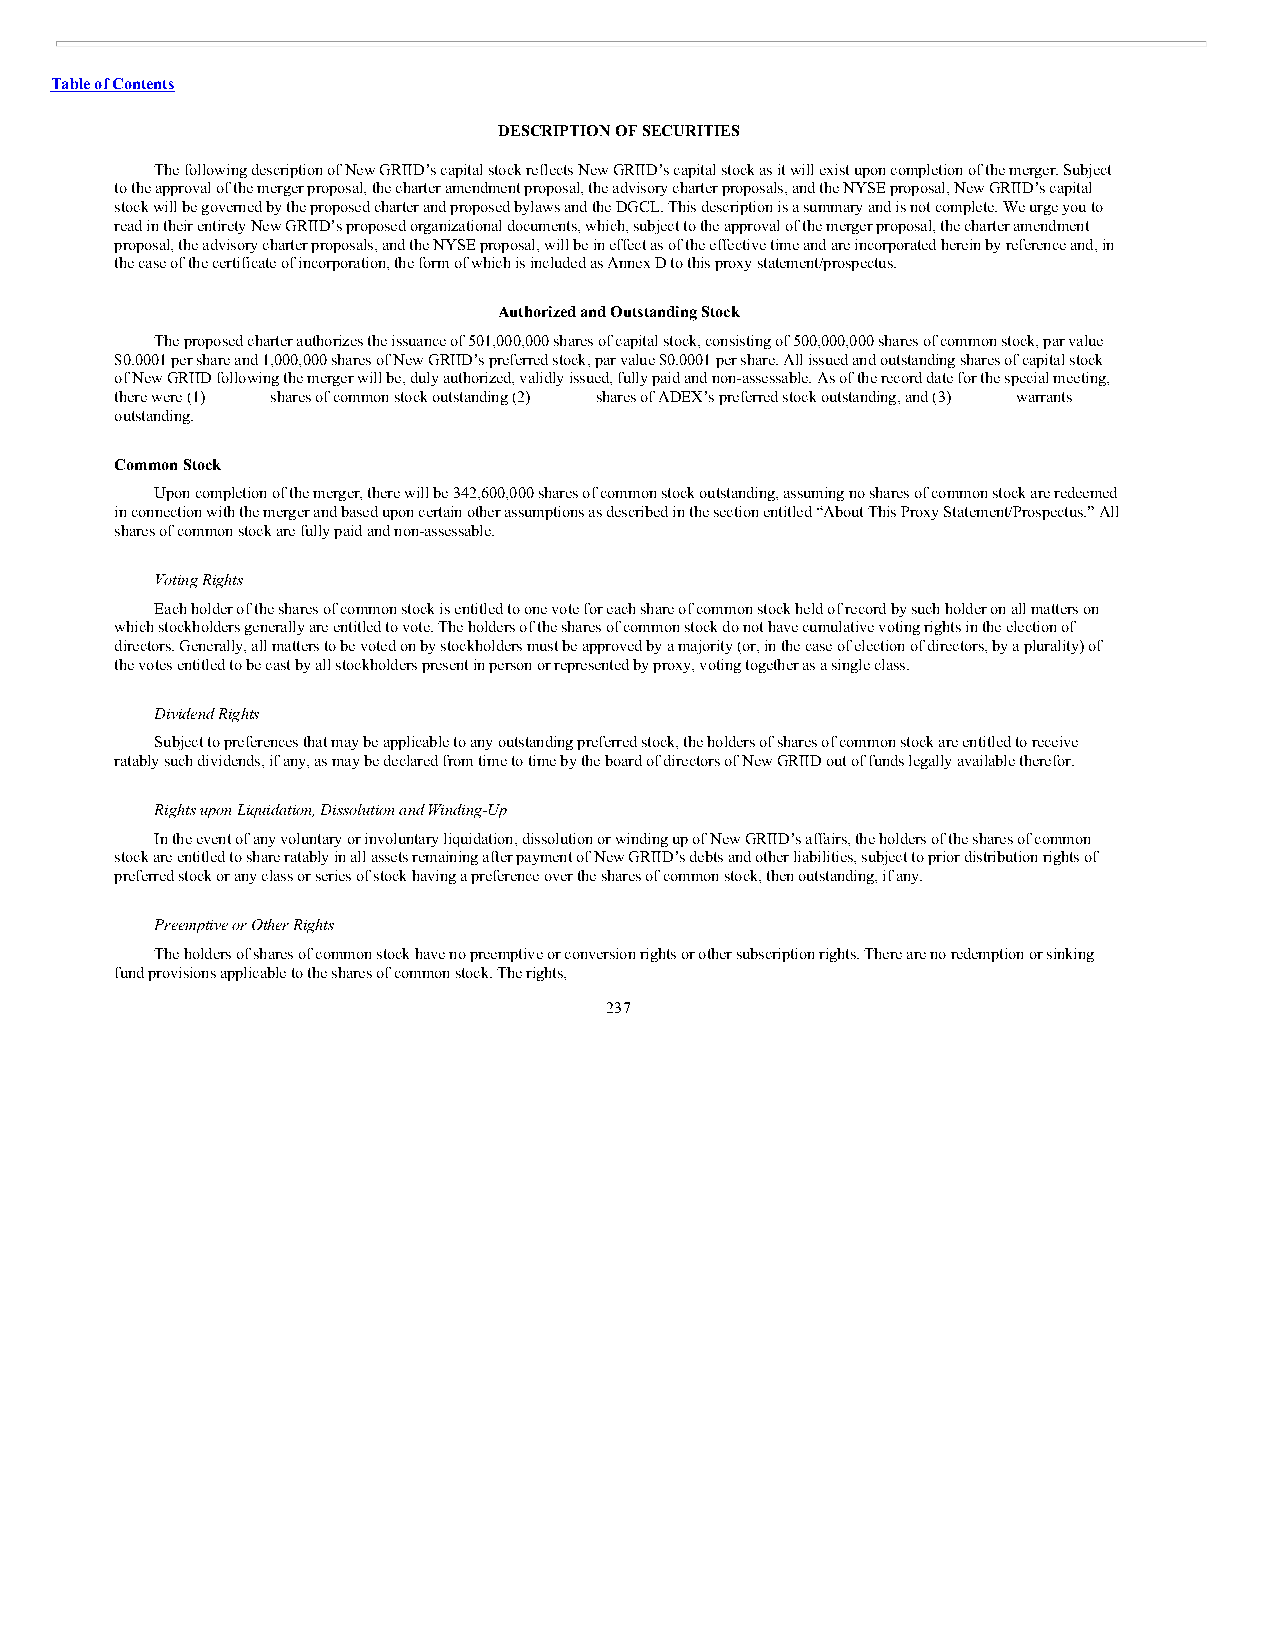
Table of Contents
 DESCRIPTION OF SECURITIES
 The following description of New GRIID’s capital stock reflects New GRIID’s capital stock as it will exist upon completion of the merger. Subject
 to the approval of the merger proposal, the charter amendment proposal, the advisory charter proposals, and the NYSE proposal, New GRIID’s capital
 stock will be governed by the proposed charter and proposed bylaws and the DGCL. This description is a summary and is not complete. We urge you to
 read in their entirety New GRIID’s proposed organizational documents, which, subject to the approval of the merger proposal, the charter amendment
 proposal, the advisory charter proposals, and the NYSE proposal, will be in effect as of the effective time and are incorporated herein by reference and, in
 the case of the certificate of incorporation, the form of which is included as Annex D to this proxy statement/prospectus.
 Authorized and Outstanding Stock
 The proposed charter authorizes the issuance of 501,000,000 shares of capital stock, consisting of 500,000,000 shares of common stock, par value
 $0.0001 per share and 1,000,000 shares of New GRIID’s preferred stock, par value $0.0001 per share. All issued and outstanding shares of capital stock
 of New GRIID following the merger will be, duly authorized, validly issued, fully paid and non-assessable. As of the record date for the special meeting,
 there were (1) shares of common stock outstanding (2) shares of ADEX’s preferred stock outstanding, and (3) warrants
 outstanding.
 Common Stock
 Upon completion of the merger, there will be 342,600,000 shares of common stock outstanding, assuming no shares of common stock are redeemed
 in connection with the merger and based upon certain other assumptions as described in the section entitled “About This Proxy Statement/Prospectus.” All
 shares of common stock are fully paid and non-assessable.
 Voting Rights
 Each holder of the shares of common stock is entitled to one vote for each share of common stock held of record by such holder on all matters on
 which stockholders generally are entitled to vote. The holders of the shares of common stock do not have cumulative voting rights in the election of
 directors. Generally, all matters to be voted on by stockholders must be approved by a majority (or, in the case of election of directors, by a plurality) of
 the votes entitled to be cast by all stockholders present in person or represented by proxy, voting together as a single class.
 Dividend Rights
 Subject to preferences that may be applicable to any outstanding preferred stock, the holders of shares of common stock are entitled to receive
 ratably such dividends, if any, as may be declared from time to time by the board of directors of New GRIID out of funds legally available therefor.
 Rights upon Liquidation, Dissolution and Winding-Up
 In the event of any voluntary or involuntary liquidation, dissolution or winding up of New GRIID’s affairs, the holders of the shares of common
 stock are entitled to share ratably in all assets remaining after payment of New GRIID’s debts and other liabilities, subject to prior distribution rights of
 preferred stock or any class or series of stock having a preference over the shares of common stock, then outstanding, if any.
 Preemptive or Other Rights
 The holders of shares of common stock have no preemptive or conversion rights or other subscription rights. There are no redemption or sinking
 fund provisions applicable to the shares of common stock. The rights,
 237